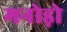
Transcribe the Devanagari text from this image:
मनोड़ो